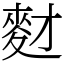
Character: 䴭